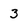
Character: 3